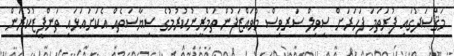
މަޤްޞަދުގައި ފުރަތަމަ ފަހަރަށް ސިވިލް ސަރވިސް މުވައްޒަފުން ތަމްރީނުކުރުމުގެ ސިޔާސަތެއް އެކަށައަޅައި ތަންފީޒުކުރަން